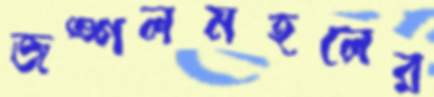
জঙ্গলমহলের